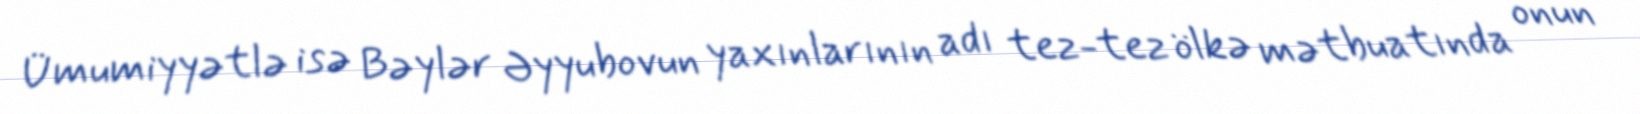
Ümumiyyətlə isə Bəylər Əyyubovun yaxınlarının adı tez-tez ölkə mətbuatında onun